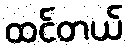
ထင်တယ်